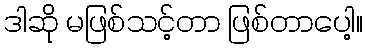
ဒါဆို မဖြစ်သင့်တာ ဖြစ်တာပေါ့။